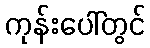
ကုန်းပေါ်တွင်